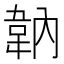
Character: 䪏